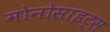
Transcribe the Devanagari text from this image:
मोनोसाइट्स